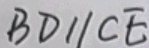
B D / / C E